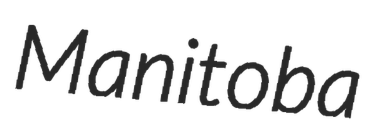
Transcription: Manitoba